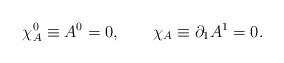
LaTeX: \begin{align*}\chi^0_A \equiv A^0 = 0, \qquad \chi_A\equiv \partial_1A^1 =0.\end{align*}